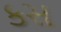
કસ